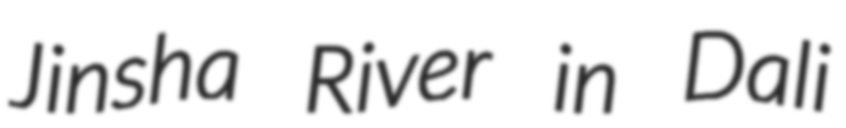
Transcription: Jinsha River in Dali